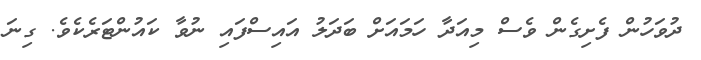
ދުވަހުން ފެށިގެން ވެސް މިއަދާ ހަމައަށް ބަދަލު އައިސްފައި ނުވާ ކައުންޓަރެކެވެ. ގިނަ